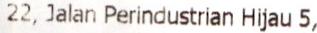
22, JALAN PERINDUSTRIAN HIJAU 5,